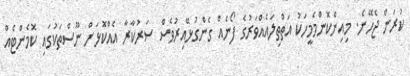
ކުރަން ޖެހޭނެ. މިއިންކޮންމެމީހަކު އަތްތިލައެއްވަރުގެ ފޯނެއް ގެންގުޅޭއިރުވެސް ސަރުކާރާ އެއްކޮޅަށް ނޫސްތަކުގައި ކޮމެންޓެއް